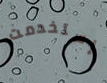
إستخدمت